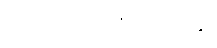
ပေတ-ပါ-၁၅၅၊ ဋ္ဌ-၁၀၉။